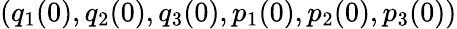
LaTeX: (q_{1}(0),q_{2}(0),q_{3}(0),p_{1}(0),p_{2}(0),p_{3}(0))